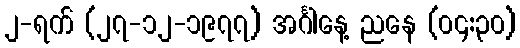
၂-ရက် (၂၇-၁၂-၁၉၇၇) အင်္ဂါနေ့ ညနေ (၀၄:၃၀)